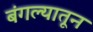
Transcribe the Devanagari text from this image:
बंगल्यातून